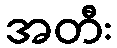
အတီး